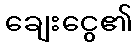
ချေးငွေ၏